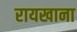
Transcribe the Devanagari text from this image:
रायखाना